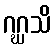
ဂဂ္ဃသိ